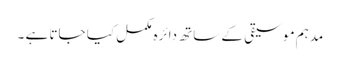
مدہم موسیقی کے ساتھ دائرہ مکمل کیا جاتا ہے ۔